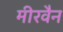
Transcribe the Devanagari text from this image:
मीरवैन